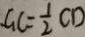
G C = \frac { 1 } { 2 } C D